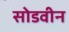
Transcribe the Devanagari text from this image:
सोडवीन